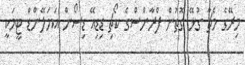
މިރޭގެ މެޗާ ގުޅޭ ގޮތުން ފްރާންސްގެ ކޯޗި ޑިޑިއޭ ޑިސޯން އަޔަލޭންޑް ޓީމަކީ